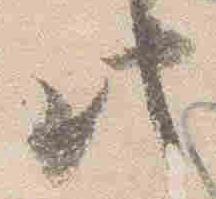
此